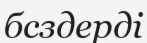
бсздерді